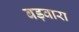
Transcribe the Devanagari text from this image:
बड़वारा